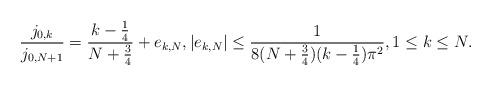
LaTeX: \begin{align*} \frac{j_{0,k}}{j_{0,N+1}} = \frac{k-\frac{1}{4}}{N+\frac{3}{4}} + e_{k,N}, |e_{k,N}|\leq \frac{1}{8(N+\frac{3}{4})(k-\frac{1}{4})\pi^2}, 1\leq k\leq N.\end{align*}